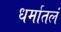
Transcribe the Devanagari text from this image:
धर्मातलं